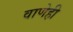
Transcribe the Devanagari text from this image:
वाणेही